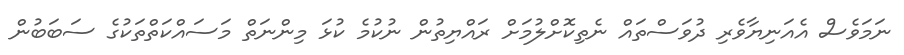
ނަމަވެސް އެއަނިޔާވެރި ދުވަސްތައް ނެތިކޮށްލުމަށް ރައްޔިތުން ނުކުމެ ކުޅަ މިންނަތް މަސައްކަތްތަކުގެ ސަބަބުން